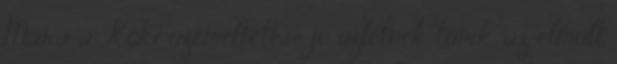
Mára a Köki üzemeltetése jó üzletnek tűnik, az elmúlt